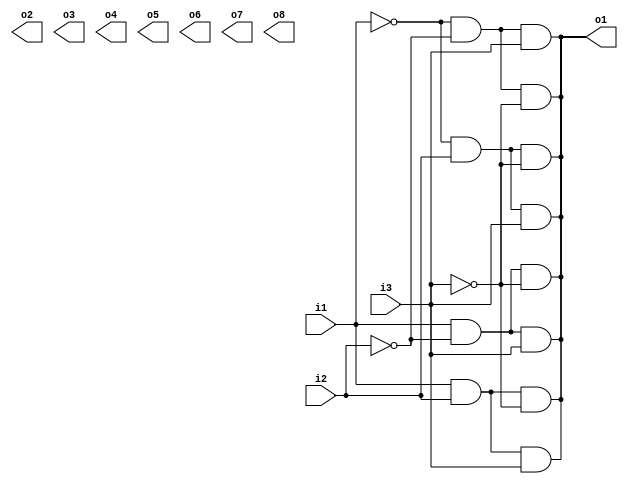
module deco_3to8(i1,i2,i3,o1,o2,o3,o4,o5,o6,o7,o8);
input i1,i2,i3;
output o1,o2,o3,o4,o5,o6,o7,o8;
assign o1=~i1&~i2&~i3;
assign o1=~i1&~i2&i3;
assign o1=~i1&i2&~i3;
assign o1=~i1&i2&i3;
assign o1=i1&~i2&~i3;
assign o1=i1&~i2&i3;
assign o1=i1&i2&~i3;
assign o1=i1&i2&i3;
endmodule